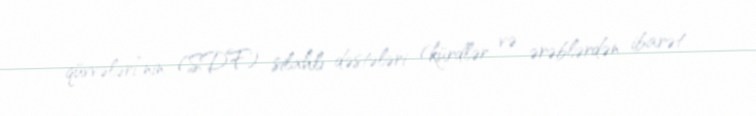
qüvvələri”nin (SDF) silahlı dəstələri (kürdlər və ərəblərdən ibarət